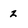
Character: z